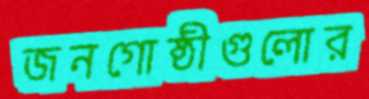
জনগোষ্ঠীগুলোর